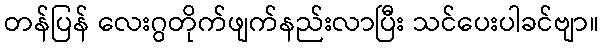
တန်ပြန် လေးဂွတိုက်ဖျက်နည်းလာပြီး သင်ပေးပါခင်ဗျာ။